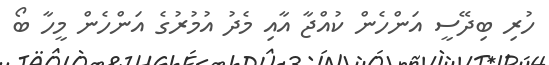
ހުރި ބިދޭސީ އަންހެން ކުއްޖާ އާއި މެދު އުމުރުގެ އަންހެން މީހާ ބޯ